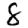
Digit: 8